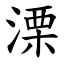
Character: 溧